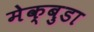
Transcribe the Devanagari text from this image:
मेक्बुडा